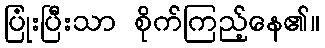
ပြုံးပြီးသာ စိုက်ကြည့်နေ၏။